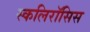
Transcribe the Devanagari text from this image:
स्कलिरॉसिस